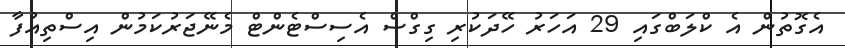
އެގޮތުން އެ ކްލަބްގައި 29 އަހަރު ހޭދަކުރި ގިގްސް އެސިސްޓެންޓް މެނޭޖަރުކަމުން އިސްތިއުފާ